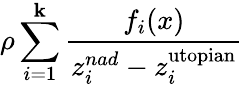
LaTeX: \rho\sum_{i=1}^{\mathbf{k}}{\frac{{f_{i}(x)}}{{z_{i}^{nad}-z_{i}^{\mathrm{{utopian}}}}}}